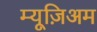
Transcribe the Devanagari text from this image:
म्यूज़िअम